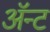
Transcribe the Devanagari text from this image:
ॲन्ट